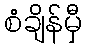
စံချိန်မှီ